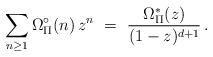
LaTeX: \begin{align*} \sum_{ n \ge 1 } \Omega_\Pi^\circ(n) \, z^n \ = \ \frac{ \Omega^*_\Pi(z) }{ (1-z)^{ d+1 } } \, .\end{align*}